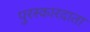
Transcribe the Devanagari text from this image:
पुरस्कारदाता